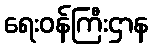
ရေးဝန်ကြီးဌာန